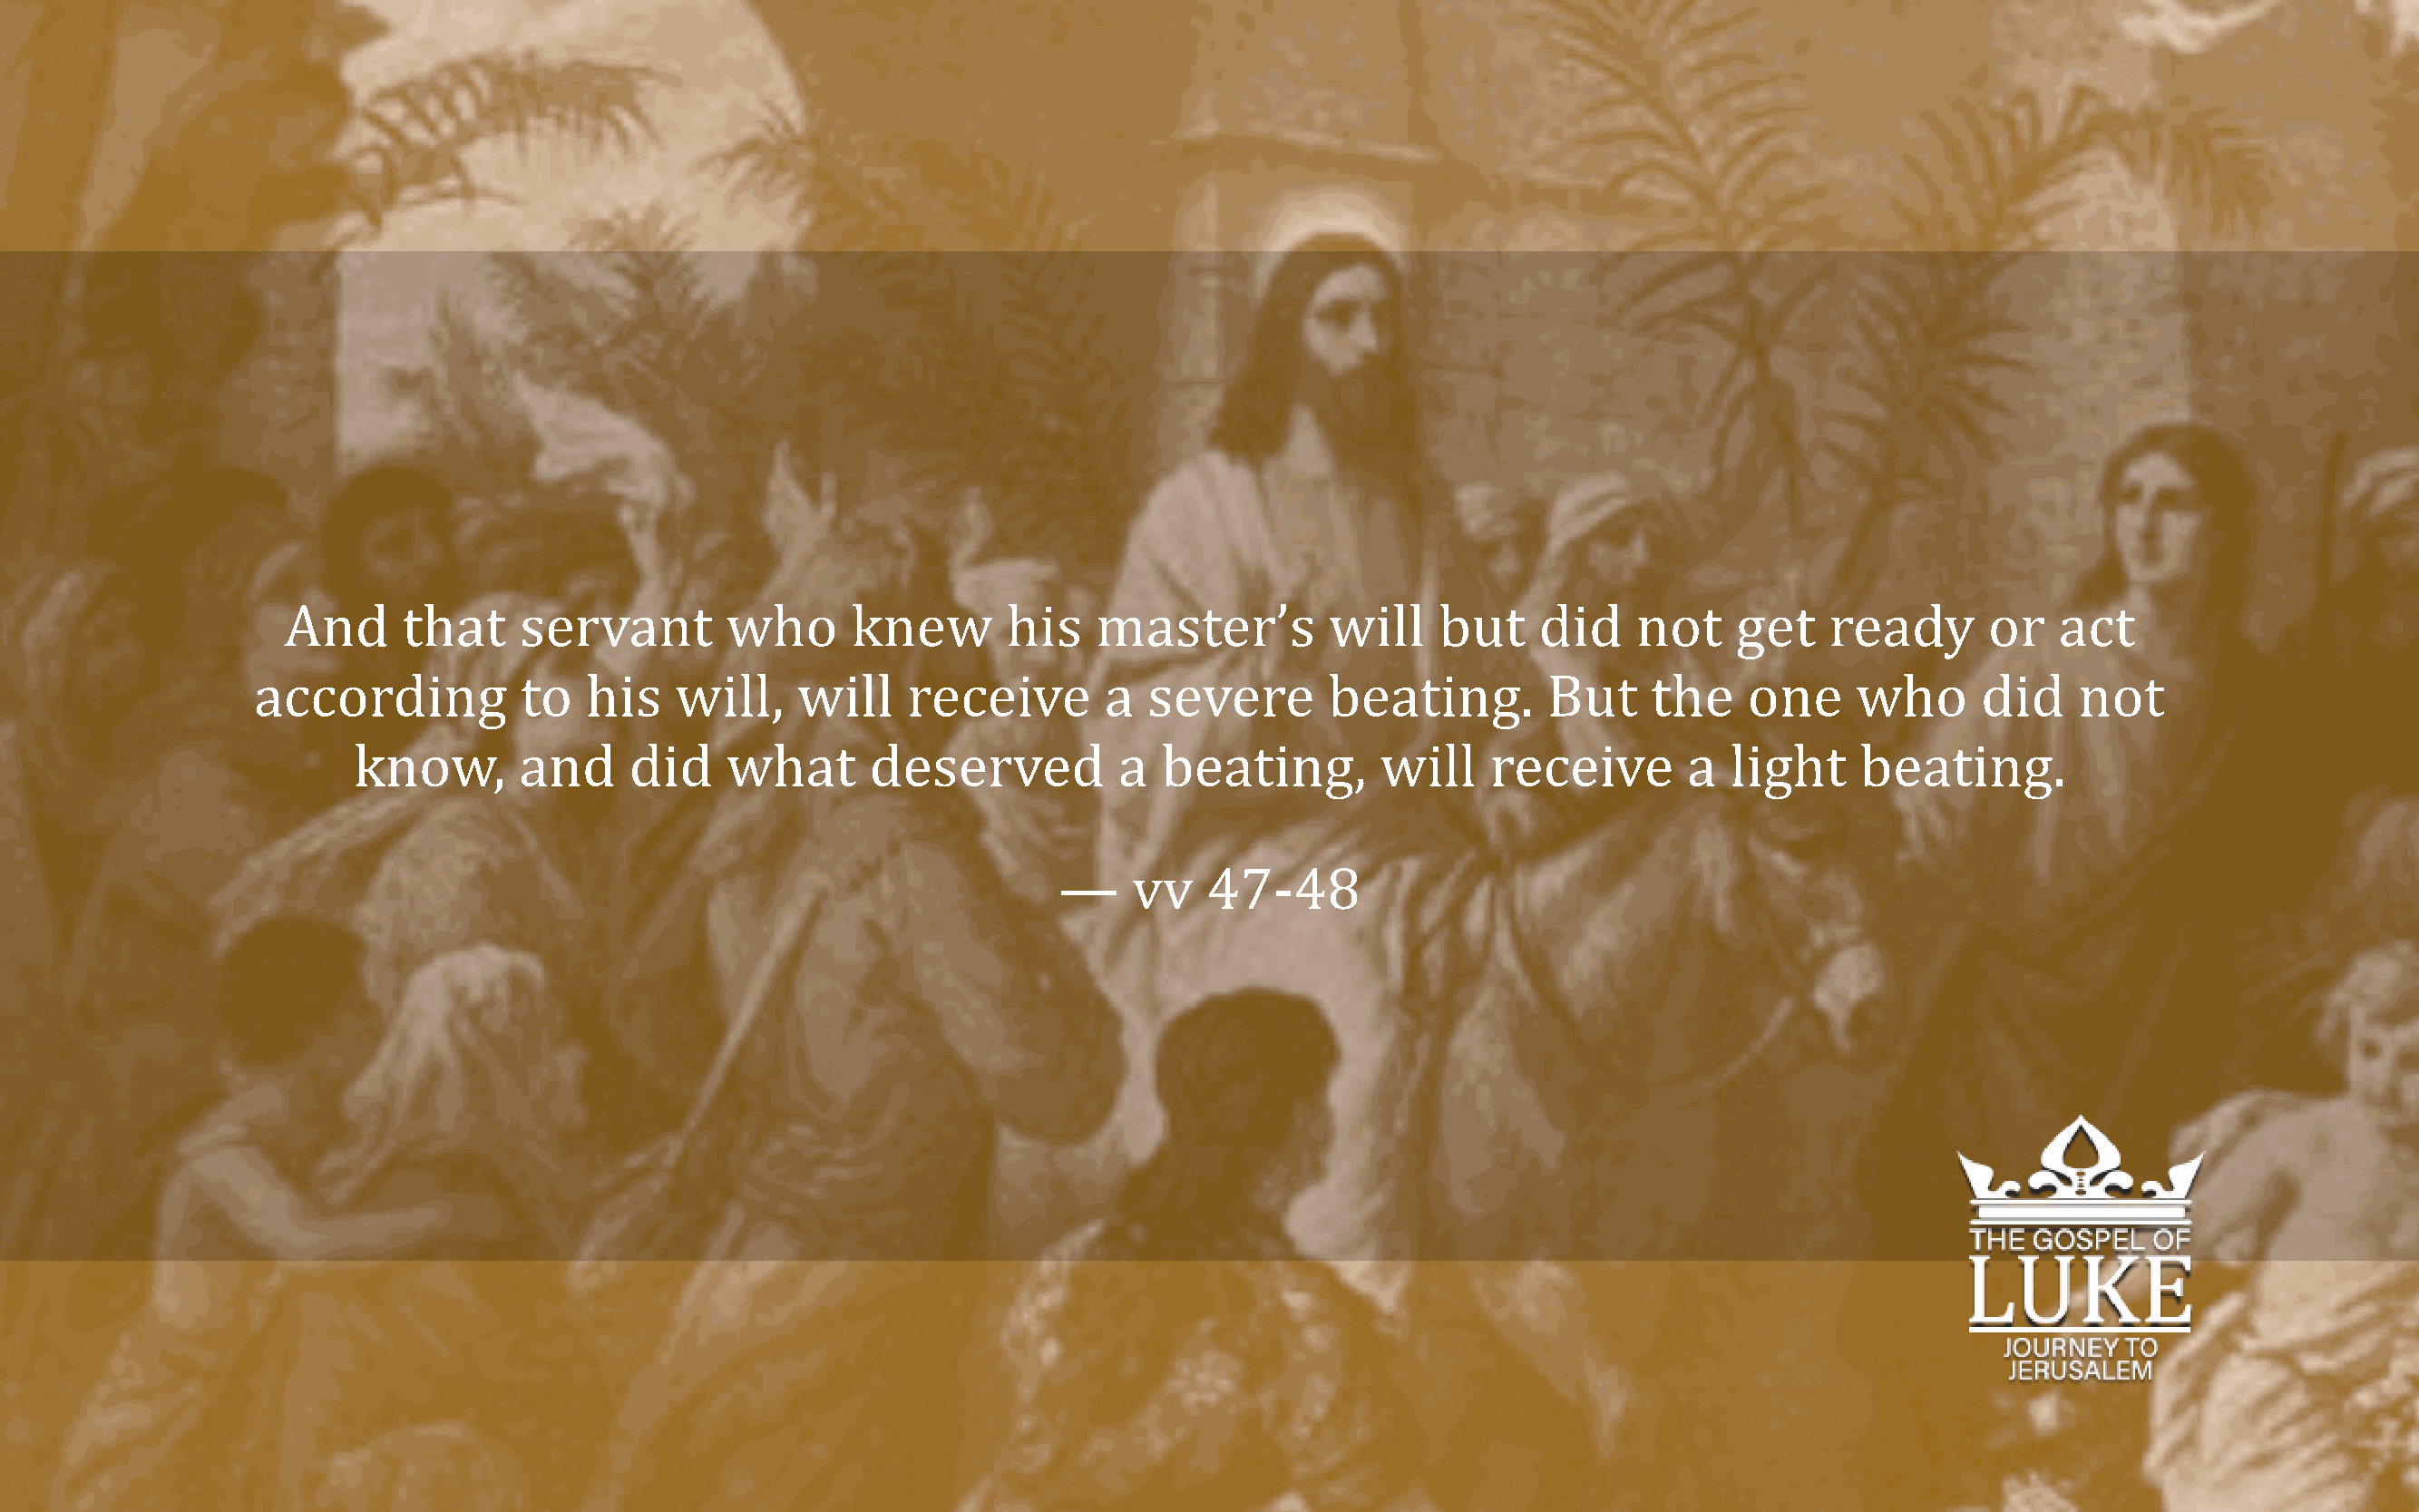
And     that     servant        who      knew       his    master’s         will    but    did    not     get   ready       or   act
 according          to   his   will,    will    receive        a  severe       beating.        But    the     one    who       did    not
 know,       and     did    what      deserved           a  beating,        will    receive       a  light     beating.
 —     vv   47-48